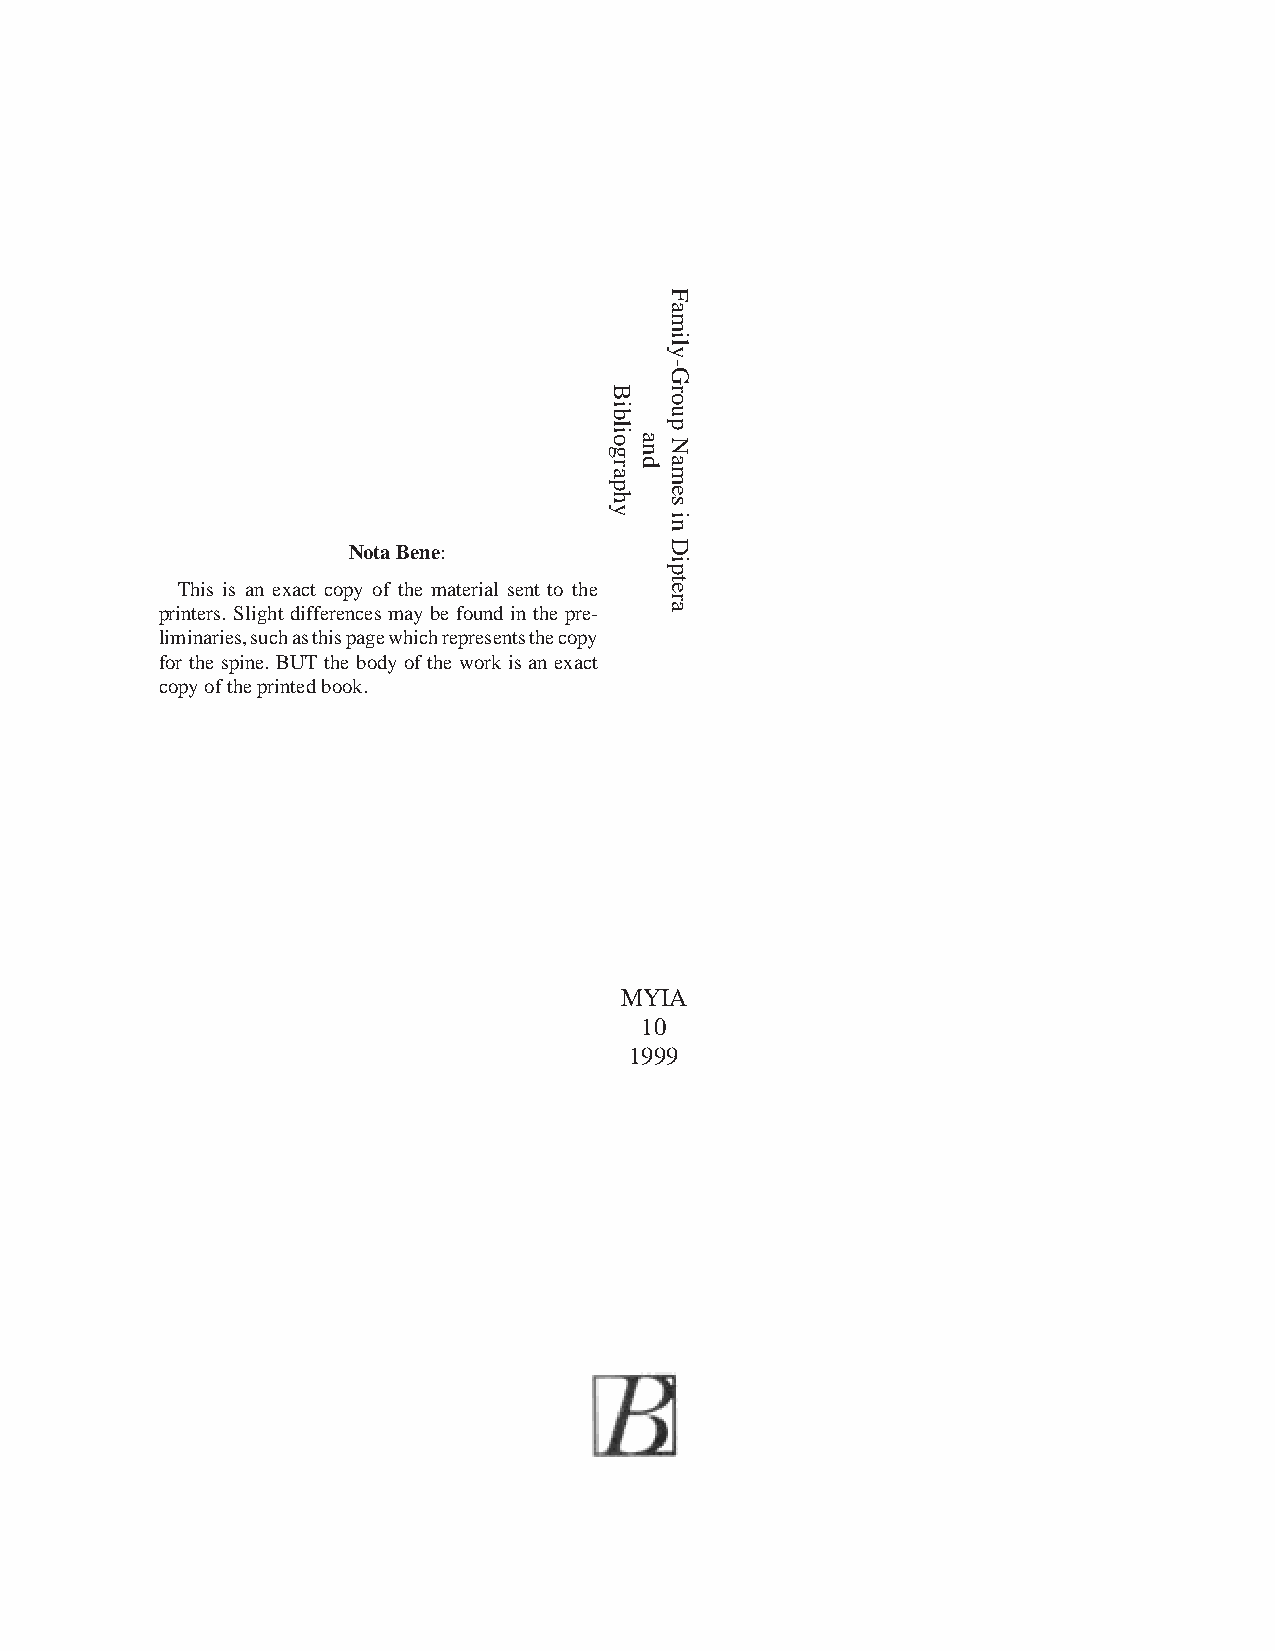
NotaBene:
 This is an exact copy of the material sent to the
 printers. Slight differencesmay be found in the pre-
 liminaries,suchasthispagewhichrepresentsthecopy
 for the spine. BUT the body of the work is an exact
 copyof the printed book.
 MYIA
 10
 1999
 Bibliography
 and
 Family-Group
 Namesin
 Diptera